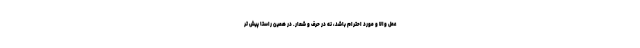
عمل والا و مورد احترام باشد، نه در حرف و شعار. در همین راستا پیش تر